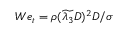
W e _ { t } = \rho ( \widetilde { \lambda _ { 3 } } D ) ^ { 2 } D / \sigma